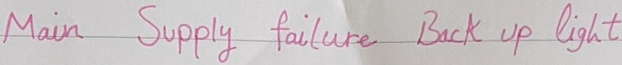
Text: Main Supply failure Back up light